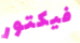
فيكتور